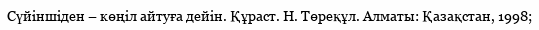
Сүйіншіден – көңіл айтуға дейін. Құраст. Н. Төреқұл. Алматы: Қазақстан, 1998;